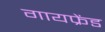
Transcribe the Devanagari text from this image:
गायफ्रेंड